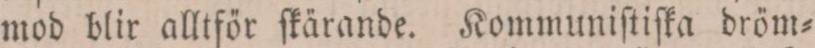
mod blir alltför ſkärande. Kommuniſtiſka dröm=